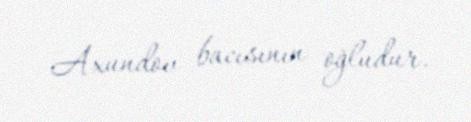
Axundov bacısının oğludur.